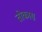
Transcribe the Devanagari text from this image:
तोकास